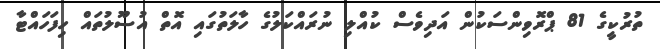
ތުރުކީގެ 81 ޕްރޮވިންސަކުން އަދިވެސް ކުއްލި ނުރައްކަލުގެ ހާލަތުގައި އޮތް އުސޫލުތައް ހިފަހައްޓާ